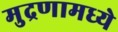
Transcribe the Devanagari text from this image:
मुद्रणामध्ये